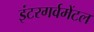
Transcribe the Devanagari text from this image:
इंटरगर्वमेंटल